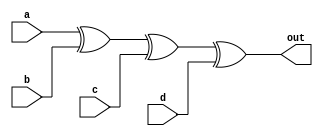
module top_module(
    input a,
    input b,
    input c,
    input d,
    output out  ); 

    xor(out, a,b,c,d);
endmodule